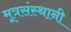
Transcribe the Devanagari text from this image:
मूत्रसंस्थानी